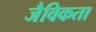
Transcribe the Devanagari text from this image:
जैविकता